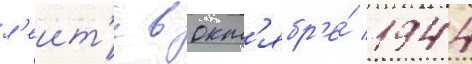
л'еит'е в окт'ябр'е́ 1944